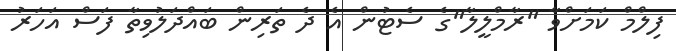
ފިލްމް ކަމަށްވާ "ރާމްލީލާ"ގެ ސެޓުން އެ ދެ ތަރިން ބައްދަލުވިތާ ފަސް އަހަރު